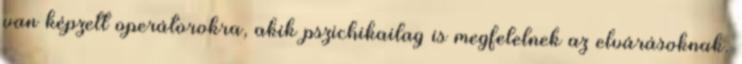
van képzett operátorokra, akik pszichikailag is megfelelnek az elvárásoknak.